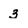
Character: 3